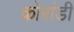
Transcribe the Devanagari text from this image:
कोरांडी